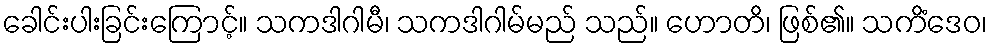
ခေါင်းပါးခြင်းကြောင့်။ သကဒါဂါမီ၊ သကဒါဂါမ်မည် သည်။ ဟောတိ၊ ဖြစ်၏။ သကိံဒေဝ၊